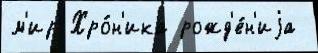
м'ир Хро́н'ика рожд'е́н'иjа